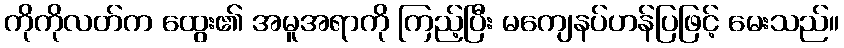
ကိုကိုလတ်က ထွေး၏ အမူအရာကို ကြည့်ပြီး မကျေနပ်ဟန်ပြဖြင့် မေးသည်။